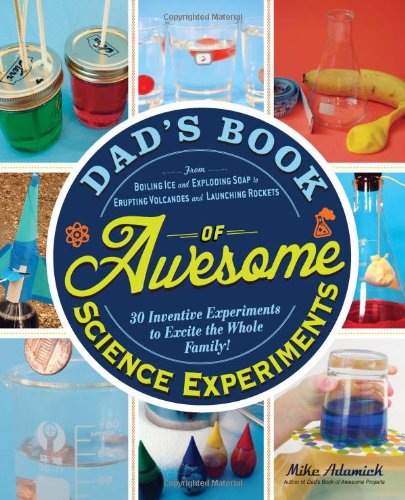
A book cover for Dad's Book of Awesome Science Experiments: From Boiling Ice and Exploding Soap to Erupting Volcanoes and Launching Rockets, 30 Inventive Experiments to Excite the Whole Family!; Mike Adamick; Parenting & Relationships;